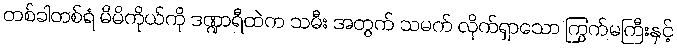
တစ်ခါတစ်ရံ မိမိကိုယ်ကို ဒဏ္ဍာရီထဲက သမီး အတွက် သမက် လိုက်ရှာသော ကြွက်မကြီးနှင့်